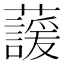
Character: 蘐